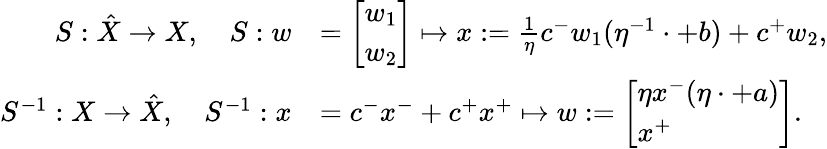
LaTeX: \begin{array}{rl}{S:\hat{X}\to X,\quad S:w}&{=\left[\begin{array}{l}{w_{1}}\\ {w_{2}}\end{array}\right]\mapsto x:=\frac{1}\eta c^{-}w_{1}(\eta^{-1}\cdot+b)+c^{+}w_{2},}\\ {S^{-1}:X\to\hat{X},\quad S^{-1}:x}&{=c^{-}x^{-}+c^{+}x^{+}\mapsto w:=\left[\begin{array}{l}{\eta x^{-}(\eta\cdot+a)}\\ {x^{+}}\end{array}\right].}\end{array}